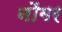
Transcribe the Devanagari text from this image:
नौगर